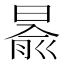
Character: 𣈯